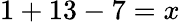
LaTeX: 1+13-7=x